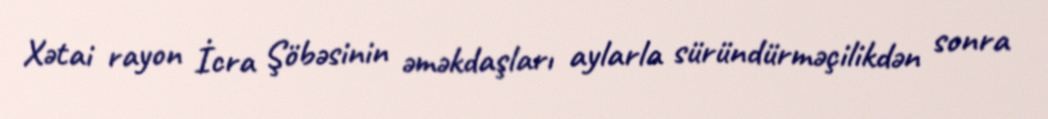
Xətai rayon İcra Şöbəsinin əməkdaşları aylarla süründürməçilikdən sonra